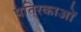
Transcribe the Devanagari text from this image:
पति्रकाओं